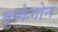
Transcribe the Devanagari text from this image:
मुस्केगोन